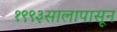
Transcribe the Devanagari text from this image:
१९९३सालापासून